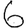
Digit: 6